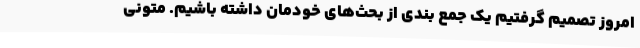
امروز تصمیم گرفتیم یک جمع بندی از بحث‌های خودمان داشته باشیم. متونی